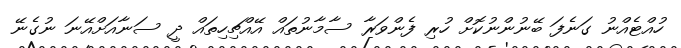
ހުއްޓެއްނު ގަނެފަ ބޭނުންނުކޮށް ހުރި ފެންވަރާ ސާމާނުތައް އޭއްޗިހިތައް ދީ ސަނާއަށްއޭނަ ނުގެނޭ